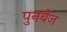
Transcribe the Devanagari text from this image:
पुनर्बैज